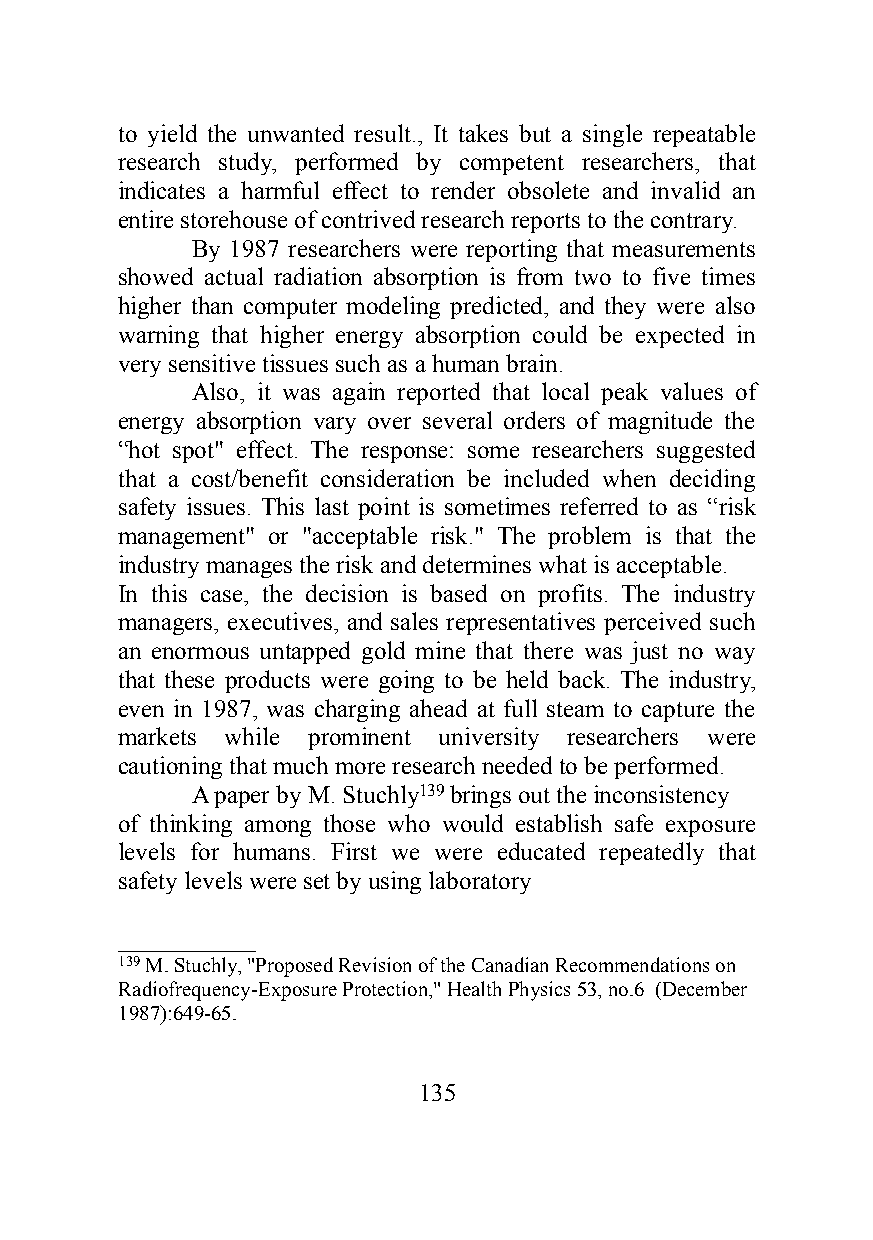
to yield the unwanted result., It takes but a single repeatable
 research study, performed by competent researchers, that
 indicates a harmful effect to render obsolete and invalid an
 entire storehouse of contrived research reports to the contrary.
 By 1987 researchers were reporting that measurements
 showed actual radiation absorption is from two to five times
 higher than computer modeling predicted, and they were also
 warning that higher energy absorption could be expected in
 very sensitive tissues such as a human brain.
 Also, it was again reported that local peak values of
 energy absorption vary over several orders of magnitude the
 “hot spot" effect. The response: some researchers suggested
 that a cost/benefit consideration be included when deciding
 safety issues. This last point is sometimes referred to as “risk
 management" or "acceptable risk." The problem is that the
 industry manages the risk and determines what is acceptable.
 In this case, the decision is based on profits. The industry
 managers, executives, and sales representatives perceived such
 an enormous untapped gold mine that there was just no way
 that these products were going to be held back. The industry,
 even in 1987, was charging ahead at full steam to capture the
 markets while prominent university researchers were
 cautioning that much more research needed to be performed.
 A paper by M. Stuchly139 brings out the inconsistency
 of thinking among those who would establish safe exposure
 levels for humans. First we were educated repeatedly that
 safety levels were set by using laboratory
 ___________
 139 M. Stuchly, "Proposed Revision of the Canadian Recommendations on
 Radiofrequency-Exposure Protection," Health Physics 53, no.6 (December
 1987):649-65.
 135